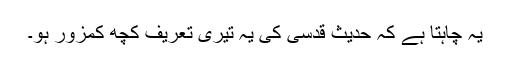
یہ چاہتا ہے کہ حدیث قدسی کی یہ تیری تعریف کچھ کمزور ہو۔